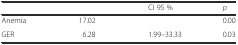
<table><thead><tr><td>[EMPTY_CELL]</td><td>[EMPTY_CELL]</td><td><b>CI 95 %</b></td><td><b><i>p</i></b></td></tr></thead><tbody><tr><td>Anemia</td><td>17.02</td><td>[EMPTY_CELL]</td><td>0.00</td></tr><tr><td>GER</td><td>6.28</td><td>1.99–33.33</td><td>0.03</td></tr></tbody></table>